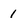
Character: 1